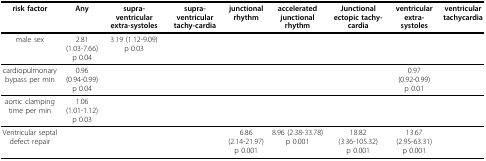
<table><thead><tr><td><b>risk factor</b></td><td><b>Any</b></td><td><b>supra-ventricular extra-systoles</b></td><td><b>supra-ventricular tachy-cardia</b></td><td><b>junctional rhythm</b></td><td><b>accelerated junctional rhythm</b></td><td><b>Junctional ectopic tachy-cardia</b></td><td><b>ventricular extra-systoles</b></td><td><b>ventricular tachycardia</b></td></tr></thead><tbody><tr><td>male sex</td><td>2.81 (1.03-7.66)p 0.04</td><td>3.19 (1.12-9.09)p 0.03</td><td></td><td></td><td></td><td></td><td></td><td></td></tr><tr><td>cardiopulmonary bypass per min</td><td>0.96 (0.94-0.99)p 0.04</td><td></td><td></td><td></td><td></td><td></td><td>0.97 (0.92-0.99)p 0.01</td><td></td></tr><tr><td>aortic clamping time per min</td><td>1.06 (1.01-1.12)p 0.03</td><td></td><td></td><td></td><td></td><td></td><td></td><td></td></tr><tr><td>Ventricular septal defect repair</td><td></td><td></td><td></td><td>6.86 (2.14-21.97)p 0.001</td><td>8.96 (2.38-33.78)p 0.001</td><td>18.82 (3.36-105.32)p 0.001</td><td>13.67 (2.95-63.31)p 0.001</td><td></td></tr></tbody></table>